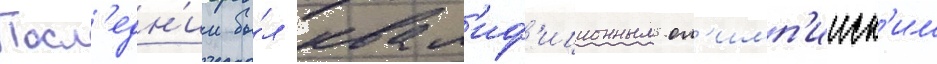
Посл'едн'ии бы́л квал'иф'иционным ол'имп'ииск'им